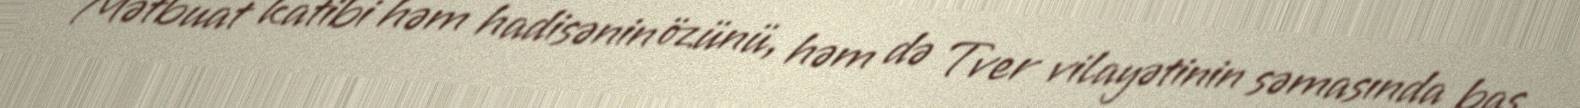
Mətbuat katibi həm hadisənin özünü, həm də Tver vilayətinin səmasında baş